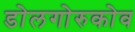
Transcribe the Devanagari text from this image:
डोलगोरुकोव